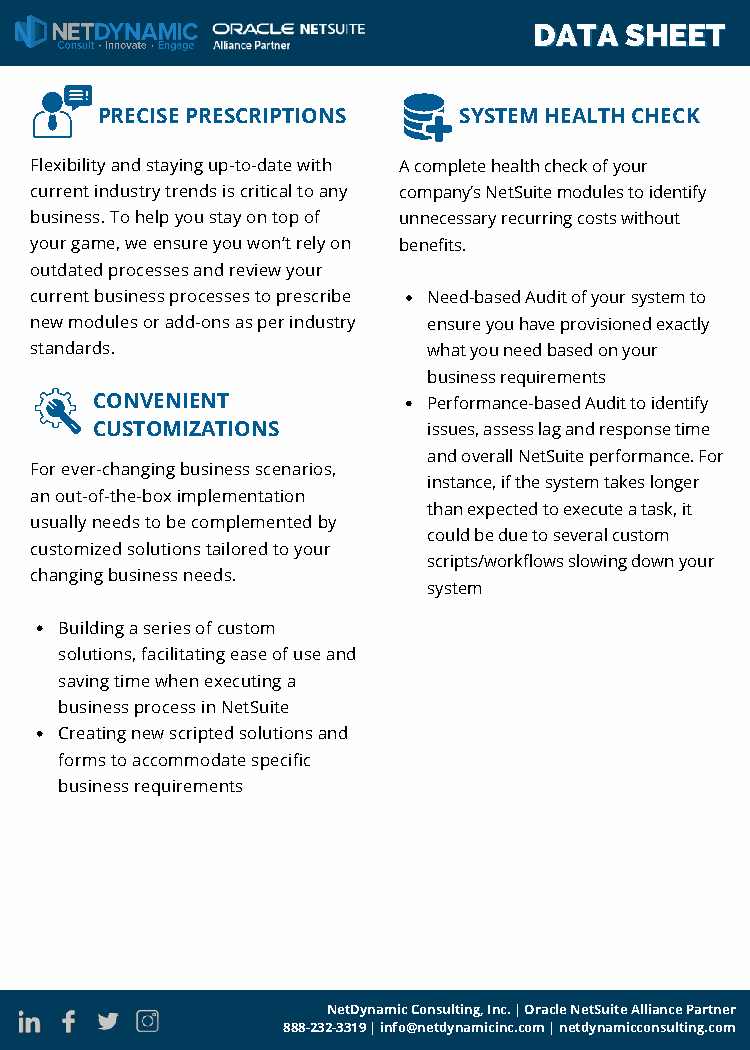
DDAATTAA SSHHEEEETT
 PRECISE PRESCRIPTIONS   SYSTEM HEALTH CHECK
 Flexibility and staying up-to-date with A complete health check of your
 current industry trends is critical to any company’s NetSuite modules to identify
 business. To help you stay on top of unnecessary recurring costs without
 your game, we ensure you won’t rely on benefits.
 outdated processes and review your
 current business processes to prescribe Need-based Audit of your system to
 new modules or add-ons as per industry ensure you have provisioned exactly
 standards.                what you need based on your
 business requirements
 CONVENIENT            Performance-based Audit to identify
 CUSTOMIZATIONS        issues, assess lag and response time
 and overall NetSuite performance. For
 For ever-changing business scenarios,
 instance, if the system takes longer
 an out-of-the-box implementation
 than expected to execute a task, it
 usually needs to be complemented by
 could be due to several custom
 customized solutions tailored to your
 scripts/workflows slowing down your
 changing business needs.
 system
 Building a series of custom
 solutions, facilitating ease of use and
 saving time when executing a
 business process in NetSuite
 Creating new scripted solutions and
 forms to accommodate specific
 business requirements
 NetDynamic Consulting, Inc. | Oracle NetSuite Alliance Partner
 888-232-3319 | info@netdynamicinc.com | netdynamicconsulting.com